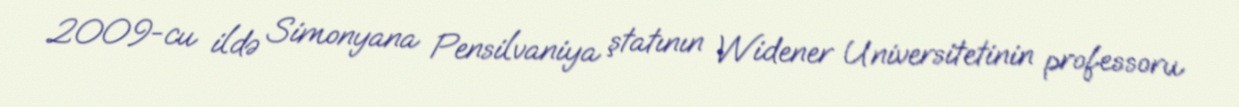
2009-cu ildə Simonyana Pensilvaniya ştatının Widener Universitetinin professoru